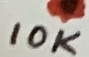
Text: 10K